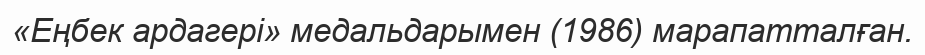
«Еңбек ардагері» медальдарымен (1986) марапатталған.